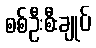
စစ်ဦးစီးချုပ်